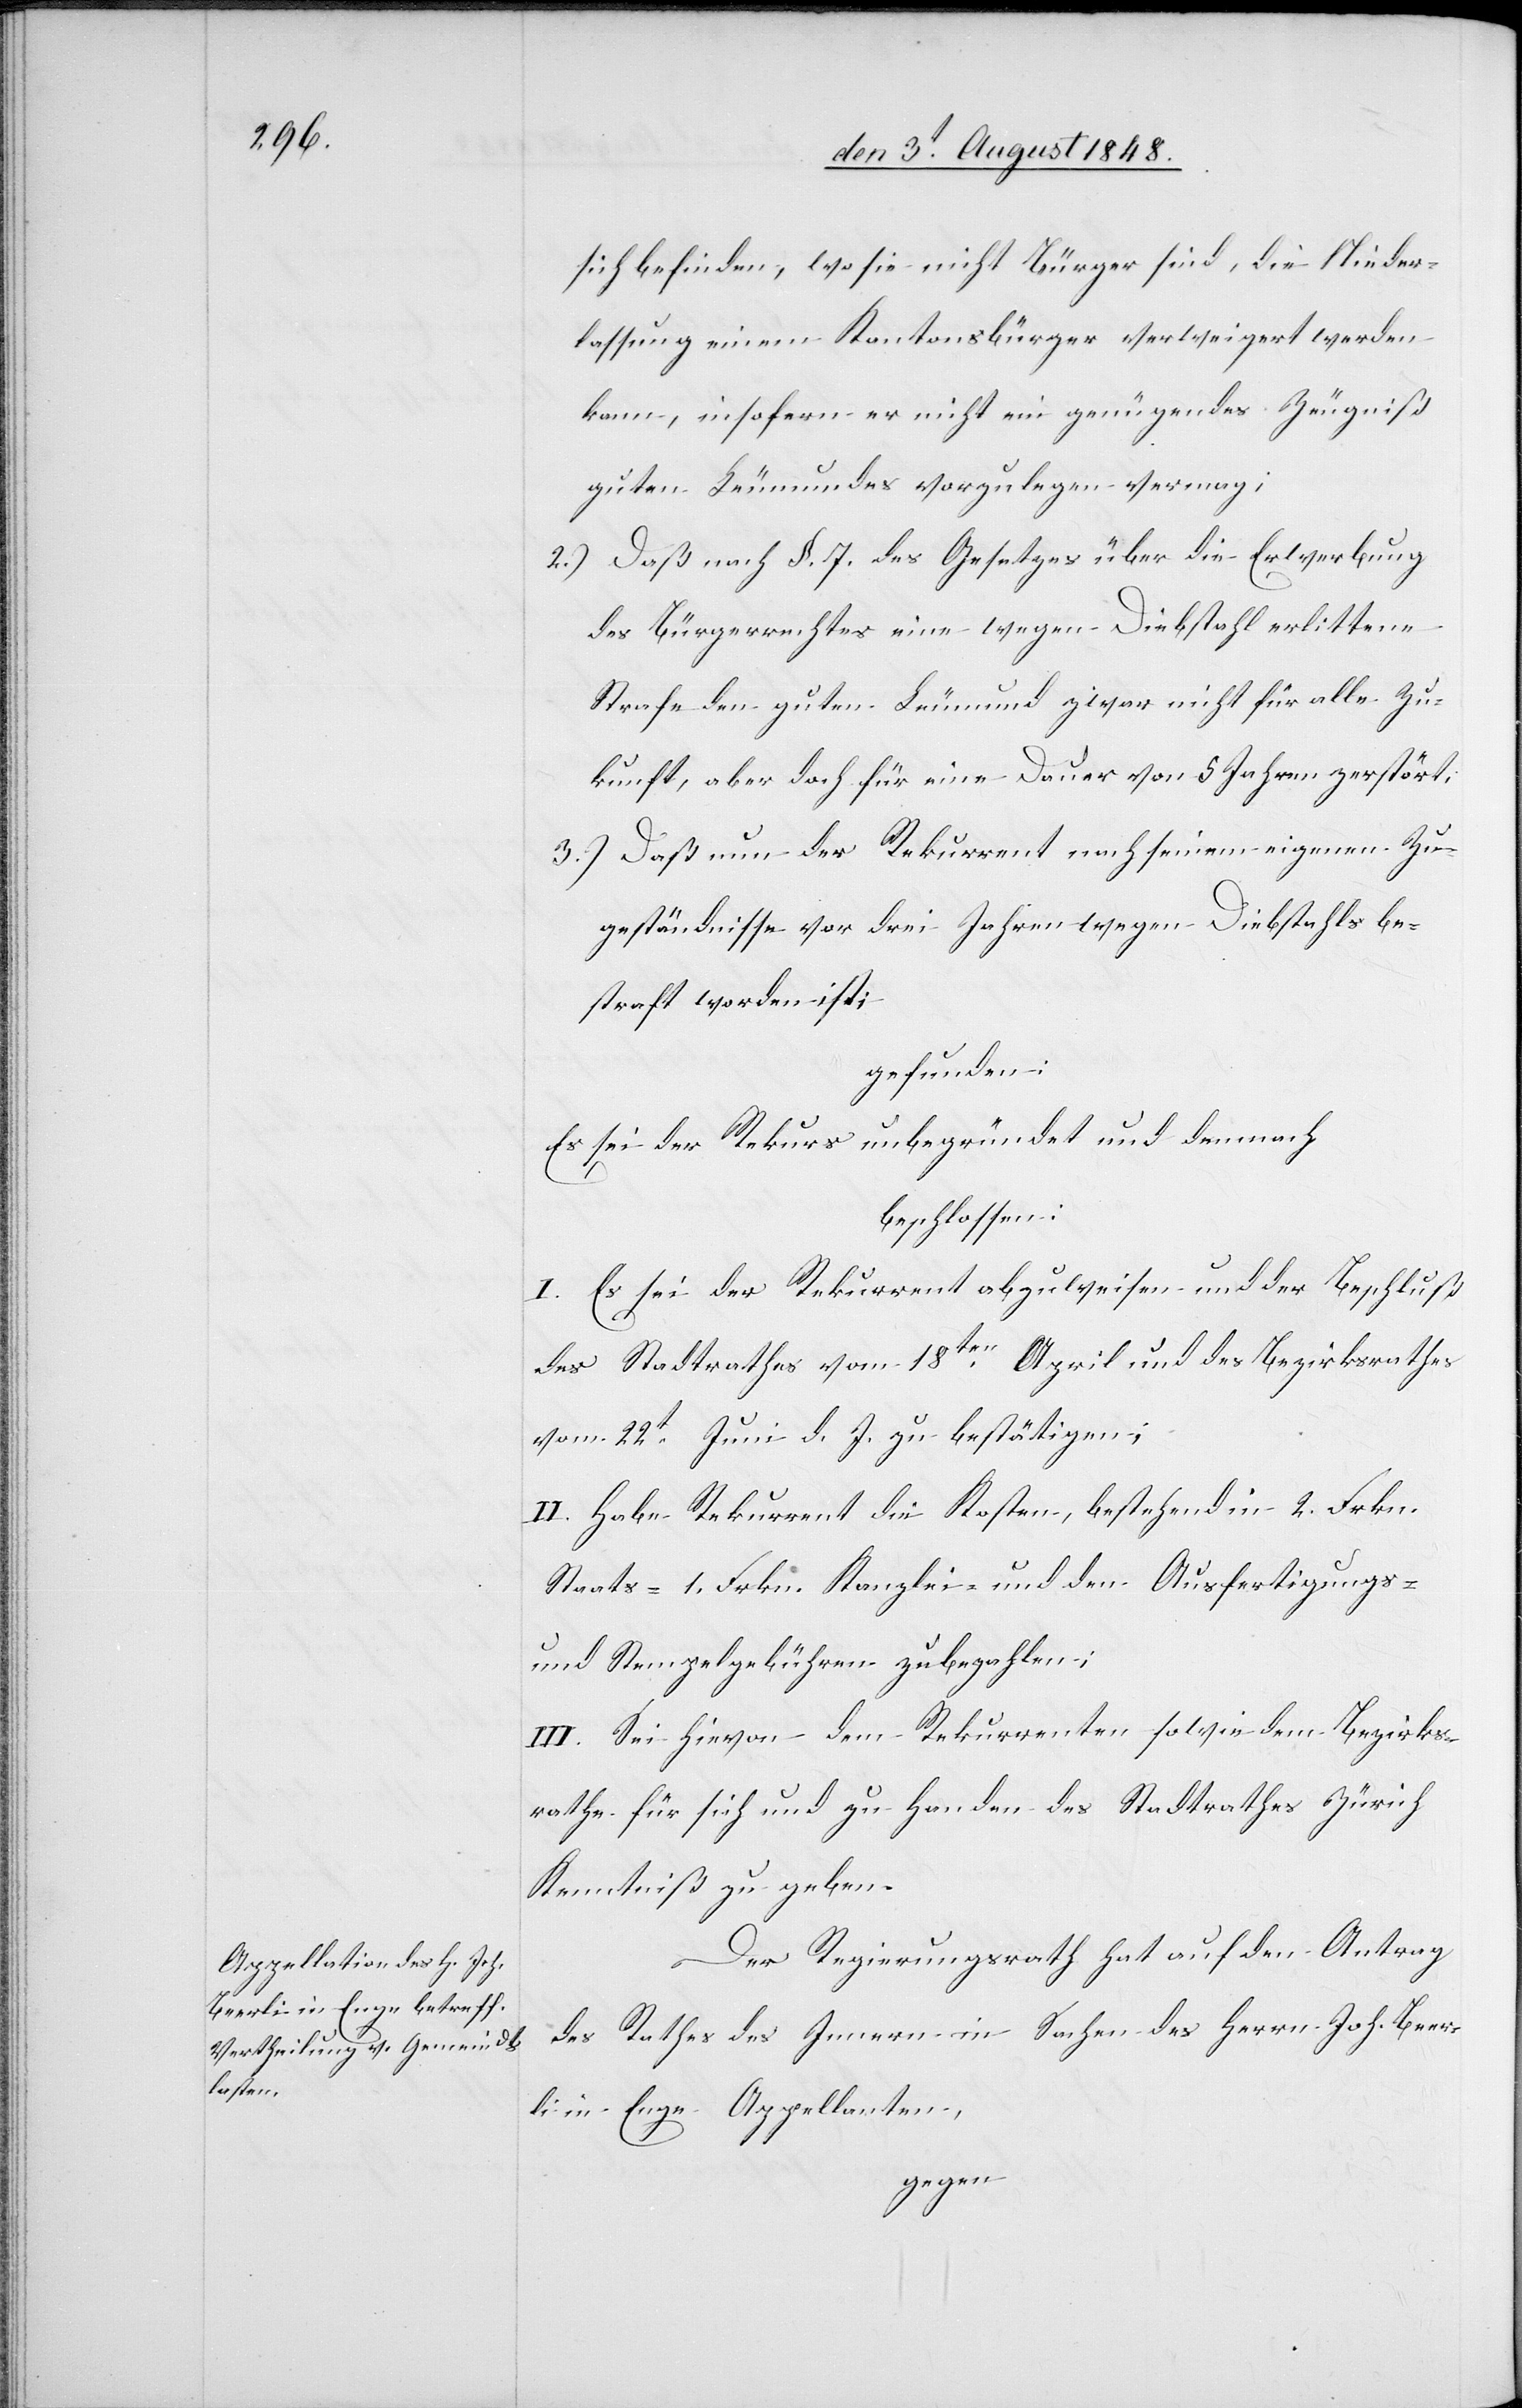
sich befinden, wo sie nicht Bürger sind, die Nieder¬
lassung einem Kantonsbürger verweigert werden
kann, insofern er nicht ein genügendes Zeugniß
guten Leumundes vorzulegen vermag;
2.) Daß nach §. 7. des Gesetzes über die Erwerbung
des Bürgerrechtes eine wegen Diebstahl erlittene
Strafe den guten Leumund zwar nicht für alle Zu¬
kunft, aber doch für eine Dauer von 5. Jahre zerstört;
3.) Daß nun der Rekurrent nach seinem eigenen Zu¬
geständnisse vor drei Jahren wegen Diebstahls be¬
straft worden ist;
gefunden:
Es sei der Rekurs unbegründet und demnach
beschlossen:
I. Es sei der Rekurrent abzuweisen und der Beschluß
des Stadtrathes vom 18ten April und des Bezirksrathes
vom 22t Juni d. J. zu bestätigen;
II. Habe Rekurrent die Kosten, bestehend in 2. Frkn.
Staats- 1. Frkn. Kanzlei- und den Ausfertigungs-
und Stempelgebühren zu bezahlen;
III. Sei hievon dem Rekurrenten sowie dem Bezirks¬
rathe für sich und zu Handen des Stadtrathes Zürich
Kenntniß zu geben.
Der Regierungsrath hat auf den Antrag
des Rathes des Innern in Sachen des Herrn Joh. Beer¬
li in Enge Appellanten,
gegen